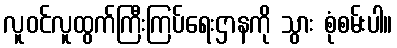
လူဝင်လူထွက်ကြီးကြပ်ရေးဌာနကို သွား စုံစမ်းပါ။